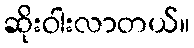
ဆိုးဝါးလာတယ်။